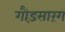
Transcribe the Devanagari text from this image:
गौड़सारंग